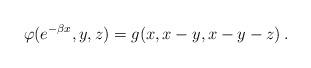
LaTeX: \begin{align*}\varphi(e^{-\beta x},y, z)= g(x,x-y,x-y-z) \,.\end{align*}